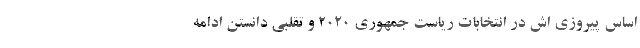
اساس پیروزی اش در انتخابات ریاست جمهوری ۲۰۲۰ و تقلبی دانستن ادامه